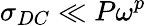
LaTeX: \sigma_{DC}\ll P\omega^{p}